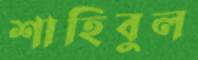
শাহিবুল